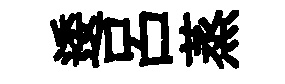
逶呂蒸